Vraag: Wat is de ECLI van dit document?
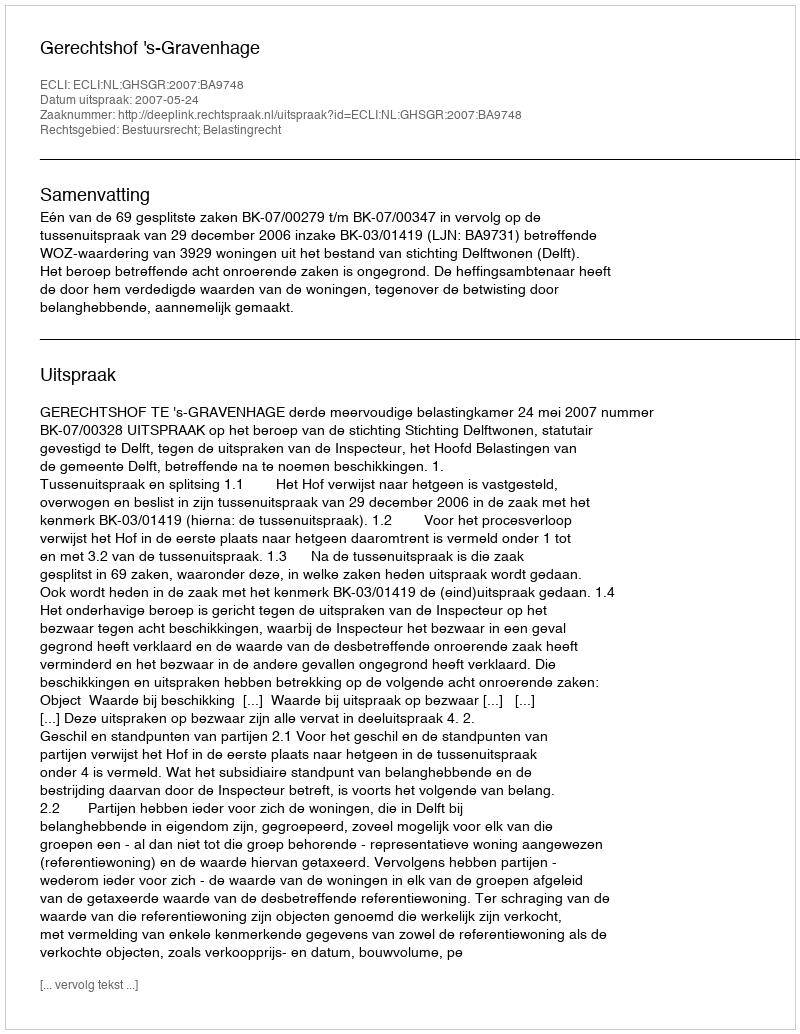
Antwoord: ECLI:NL:GHSGR:2007:BA9748